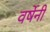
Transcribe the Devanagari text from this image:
वर्षेनी